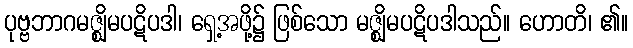
ပုဗ္ဗဘာဂမဇ္ဈိမပဋိပဒါ၊ ရှေ့အဖို့၌ ဖြစ်သော မဇ္ဈိမပဋိပဒါသည်။ ဟောတိ၊ ၏။